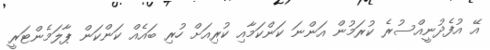
އޭ އުފެދުނީއްސުރެ ކުރަމުން އަންނަ ކަންކަމާއި ކުރިއަށް ހުރި ބައެއް ކަންކަން ޕާލަމެންޓަރީ